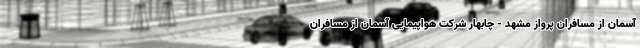
آسمان از مسافران پرواز مشهد - چابهار شرکت هواپیمایی آسمان از مسافران